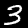
Digit: 3